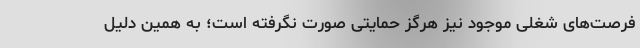
فرصت‌های شغلی موجود نیز هرگز حمایتی صورت نگرفته است؛ به همین دلیل